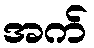
အက်